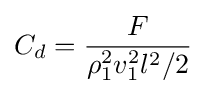
C_{d}={\frac {F}{\rho _{1}^{2}v_{1}^{2}l^{2}/2}}